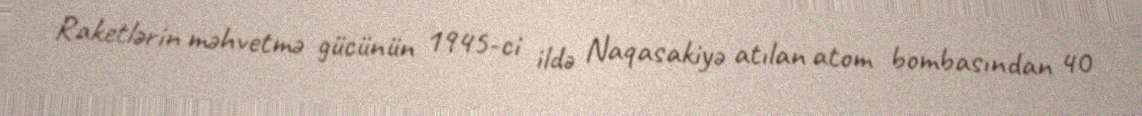
Raketlərin məhvetmə gücünün 1945-ci ildə Naqasakiyə atılan atom bombasından 40